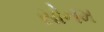
સોનમ